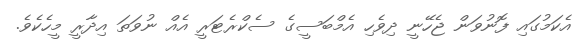
އެކަމުގައި ފޮނުވަން ޖެހޭނީ ދިވެހި އެމްބަސީގެ ސެކްރެޓަރީ އެއް ނުވަތަ އިދާރީ މީހެކެވެ.